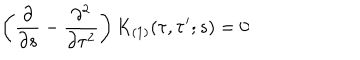
\left( \frac { \partial } { \partial s } - \frac { \partial ^ { 2 } } { \partial \tau ^ { 2 } } \right) K _ { ( 1 ) } ( \tau , \tau ^ { \prime } ; s ) = 0